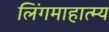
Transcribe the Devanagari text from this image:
लिंगमाहात्म्य